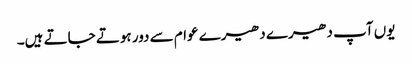
یوں آپ دھیرے دھیرے عوام سے دور ہوتے جاتے ہیں۔